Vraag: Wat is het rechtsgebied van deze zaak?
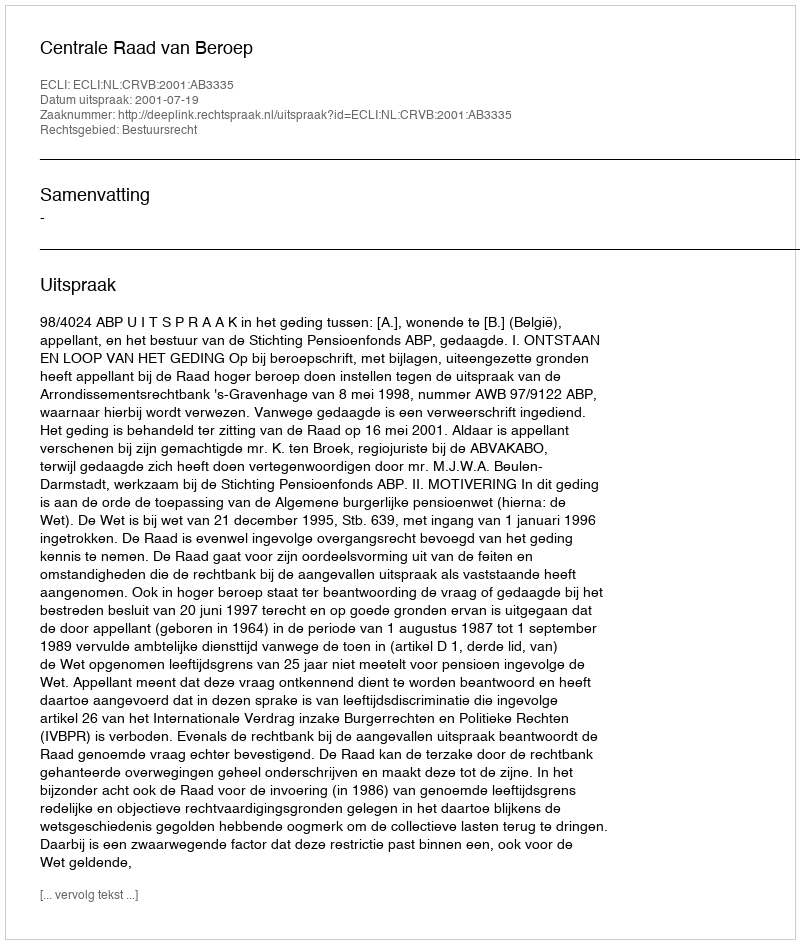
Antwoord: Bestuursrecht